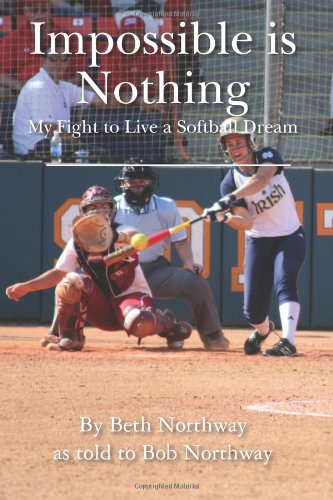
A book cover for Impossible is Nothing: My Fight to Live a Softball Dream; Beth Northway; Sports & Outdoors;